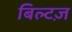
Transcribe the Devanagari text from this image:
बिल्टज़